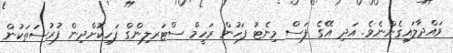
ވައްދާލައިގެންނެވެ. އަދި އޭގެ ފަސް މިނެޓު ފަހުން ރަހީމް ސްޓަރލިންގް ފަހިކޮށްދިން ފުރުސަތަކުން